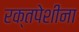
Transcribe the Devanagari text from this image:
रक्तपेशीना